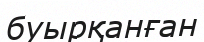
буырқанған